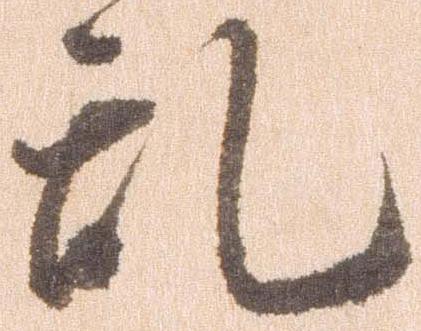
乱